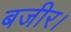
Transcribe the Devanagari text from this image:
बजीर।